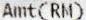
AMT(RM)